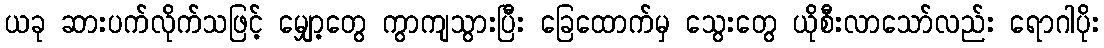
ယခု ဆားပက်လိုက်သဖြင့် မျှော့တွေ ကွာကျသွားပြီး ခြေထောက်မှ သွေးတွေ ယိုစီးလာသော်လည်း ရောဂါပိုး